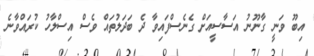
އިބޫ ވަނީ ގާނޫނު އަސާސީއަށް ގެނެސްފައިވާ ދެ ބަދަލުތައް ވެސް އިސްލާހު ކުރައްވާނެ